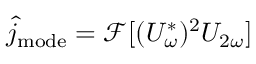
\hat { j } _ { \mathrm { m o d e } } = \mathcal { F } [ ( U _ { \omega } ^ { * } ) ^ { 2 } U _ { 2 \omega } ]